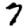
Digit: 7